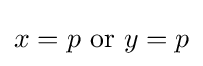
x=p{\text{ or }}y=p